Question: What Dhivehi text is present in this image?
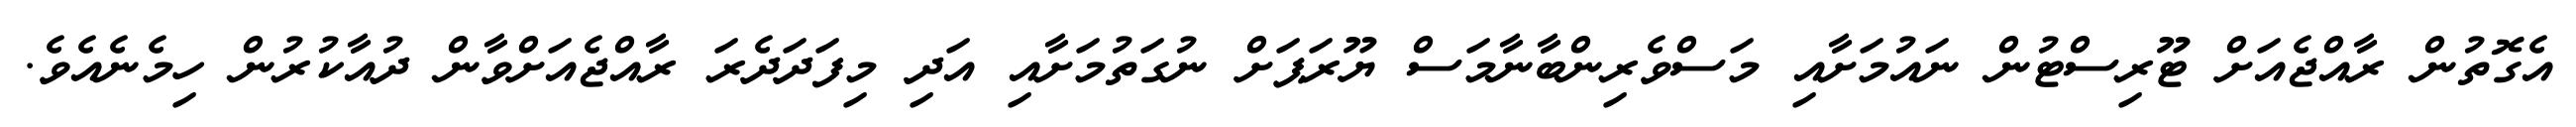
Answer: އެގޮތުން ރާއްޖެއަށް ޓޫރިސްޓުން ނައުމަށާއި މަސްވެރިންބާނާމަސް ޔޫރަޕަށް ނުގަތުމަށާއި އަދި މިފަދަދެރަ ރާއްޖެއަށްވާން ދުއާކުރުން ހިމެނެއެވެ.